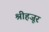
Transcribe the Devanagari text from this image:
श्रीहजूर